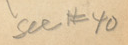

				see #40